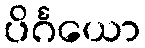
ပိင်္ဂယော